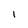
Character: I